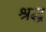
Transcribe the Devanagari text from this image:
श्रद्ध